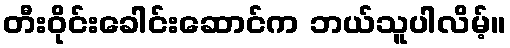
တီးဝိုင်းခေါင်းဆောင်က ဘယ်သူပါလိမ့်။